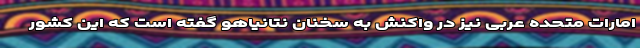
امارات متحده عربی نیز در واکنش به سخنان نتانیاهو گفته است که این کشور